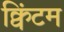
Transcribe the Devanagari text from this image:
क्विंटम